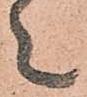
上